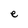
Character: e